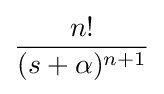
{\frac {n!}{(s+\alpha )^{n+1}}}